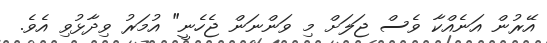
އޭރުން އަނެއްކާ ވެސް ޖަލަށް މި ވަންނަން ޖެހެނީ" އުމަރު ވިދާޅުވި އެވެ.